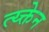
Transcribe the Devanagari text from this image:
त्य्क्तेन